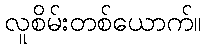
လူစိမ်းတစ်ယောက်။